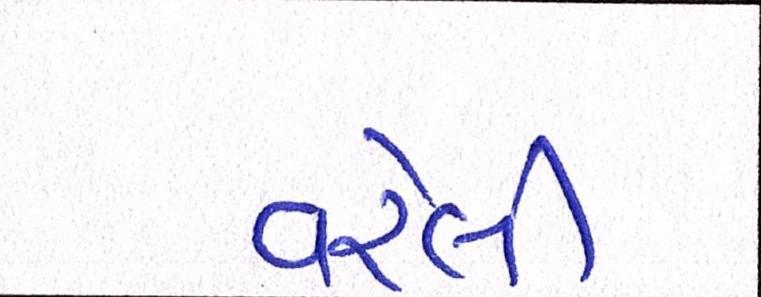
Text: વરેલી